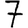
Digit: 7